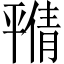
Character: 𫷝